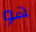
هو